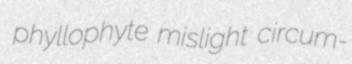
phyllophyte mislight circum-